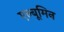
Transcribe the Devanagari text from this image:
एल्बूमिन